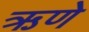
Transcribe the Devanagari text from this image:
ऋणे